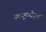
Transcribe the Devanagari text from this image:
कप्यूटरीकृत